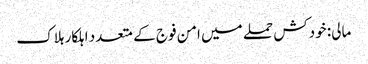
مالی: خودکش حملے میں امن فوج کے متعدد اہلکار ہلاک